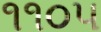
૧૧૦૫